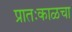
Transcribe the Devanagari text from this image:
प्रातःकाळचा